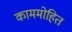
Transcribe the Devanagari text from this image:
काममोहित